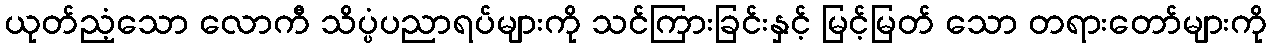
ယုတ်ညံ့သော လောကီ သိပ္ပံပညာရပ်များကို သင်ကြားခြင်းနှင့် မြင့်မြတ် သော တရားတော်များကို